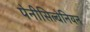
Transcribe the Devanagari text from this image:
पेनीसिल्वेनियन